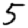
Digit: 5